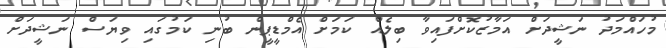
މުހައްމަދު ނަޝީދަށް އަމާޒުކޮށްފައިވާ ބިލެއް ކަމަށް އެމްޑީޕީން ބުނި ކަމުގައި ވިޔަސް ނަޝީދަށް